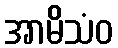
အာမိသံဝ